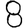
Digit: 8